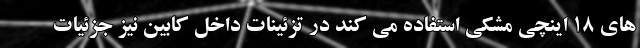
های 18 اینچی مشکی استفاده می کند در تزئینات داخل کابین نیز جزئیات